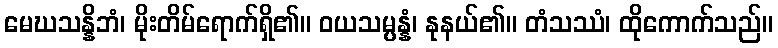
မေဃသန္နိဘံ၊ မိုးတိမ်ရောက်ရှိ၏။ ဝယသမ္ပန္နံ၊ နုနယ်၏။ တံသဿံ၊ ထိုကောက်သည်။